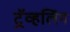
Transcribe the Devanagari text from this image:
ट्रॅव्हलिंग